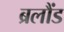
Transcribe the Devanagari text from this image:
ब्रलौंड